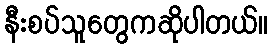
နီးစပ်သူတွေကဆိုပါတယ်။